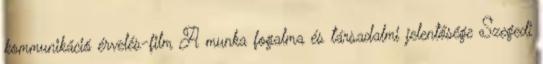
kommunikáció érvelés-film A munka fogalma és társadalmi jelentősége Szegedi